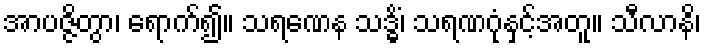
အာပဇ္ဇိတွာ၊ ရောက်၍။ သရဏေန သဒ္ဓိံ၊ သရဏဂုံနှင့်အတူ။ သီလာနိ၊